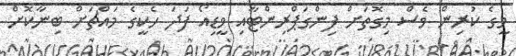
މީގެ ކުރިން ވެސް މިގޮތަށް ފިންގަޕްރިންޓާއި ވީޑިއޯ ފަދަ ހެކީގެ މައްޗަށް ބިނާކޮށް